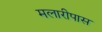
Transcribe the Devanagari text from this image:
मलारीपास